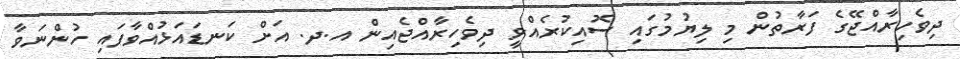
ދިވެހިރާއްޖޭގެ ފަރާތުން މި ލިޔުމުގައި ސޮއިކުރެއްވީ ދިވެހިރާއްޖެއިން އ.ދ. އަށް ކަނޑައަޅުއްވާފައި ހުންނަވާ